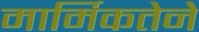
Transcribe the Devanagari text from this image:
मार्मिकतेने